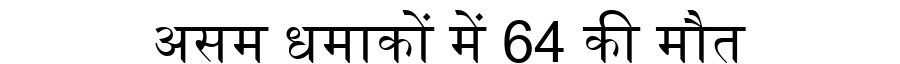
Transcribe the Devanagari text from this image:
असम धमाकों में 64 की मौत